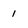
Character: 1